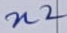
Text: n2